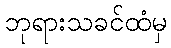
ဘုရားသခင်ထံမှ